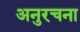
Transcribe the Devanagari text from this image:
अनुरचना